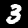
Digit: 3